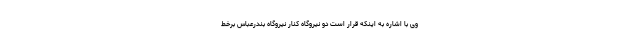
وی با اشاره به اینکه قرار است دو نیروگاه کنار نیروگاه بندرعباس برخط